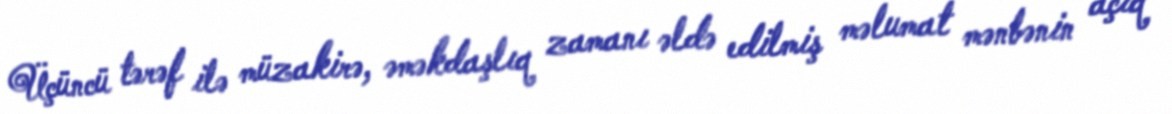
Üçüncü tərəf ilə müzakirə, əməkdaşlıq zamanı əldə edilmiş məlumat mənbənin açıq